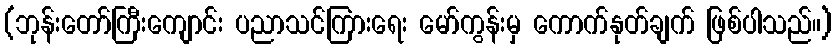
(ဘုန်းတော်ကြီးကျောင်း ပညာသင်ကြားရေး မော်ကွန်းမှ ကောက်နုတ်ချက် ဖြစ်ပါသည်။)